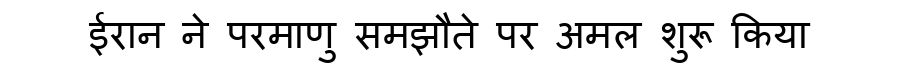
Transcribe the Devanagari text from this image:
ईरान ने परमाणु समझौते पर अमल शुरू किया